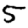
Digit: 5